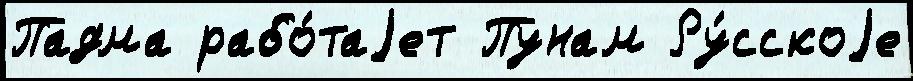
Падма рабо́таjет Пунам Ру́сскоjе